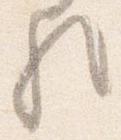
歟